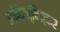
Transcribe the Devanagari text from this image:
अकिञ्चित्कर